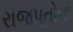
રાજપૂતોના